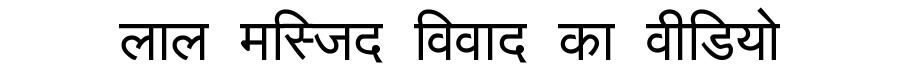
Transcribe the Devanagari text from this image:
लाल मस्जिद विवाद का वीडियो